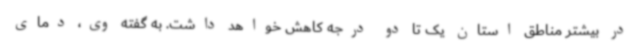
در بیشتر مناطق استان یک تا دو درجه کاهش خواهد داشت. به گفته وی، دمای